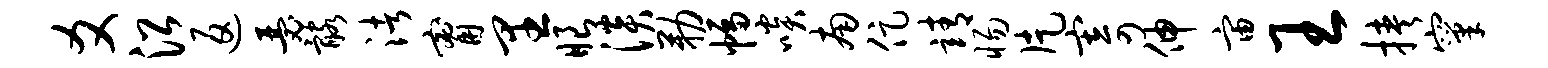
爻沿返瑟髂渚甯里眼淡勒幅啖南促靖惕片寄伸宙王挟窠